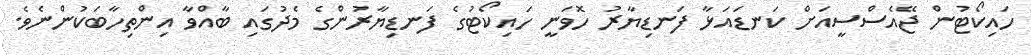
ހައިކޯޓުން ޖޭއެސްސީއަށް ކަނޑައަޅާ ފަނޑިޔާރު ހޮވަނީ ހައިކޯޓުގެ ފަނޑިޔާރުންގެ މެދުގައި ބާއްވާ އިންތިހާބަކުންނެވެ.